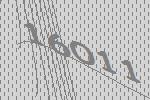
16011